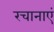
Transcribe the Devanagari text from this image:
रचानाएं